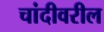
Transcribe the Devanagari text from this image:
चांदीवरील